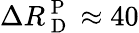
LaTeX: \Delta R_{\mathrm{~D~}}^{\mathrm{~P~}}\approx 40